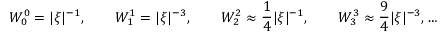
W _ { 0 } ^ { 0 } = | \xi | ^ { - 1 } , \qquad W _ { 1 } ^ { 1 } = | \xi | ^ { - 3 } , \qquad W _ { 2 } ^ { 2 } \approx \frac 1 4 | \xi | ^ { - 1 } , \qquad W _ { 3 } ^ { 3 } \approx \frac 9 4 | \xi | ^ { - 3 } , \ldots